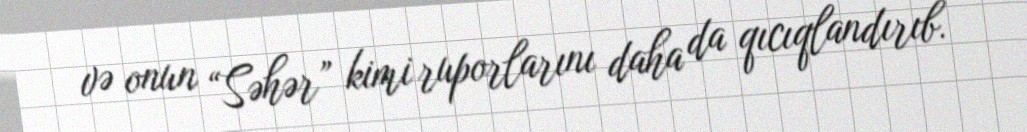
və onun “Səhər” kimi ruporlarını daha da qıcıqlandırıb.